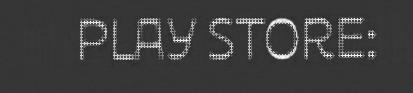
PLAY STORE: